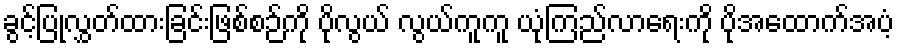
ခွင့်ပြုလွှတ်ထားခြင်းဖြစ်စဉ်ကို ပိုလွယ် လွယ်ကူကူ ယုံကြည်လာရေးကို ပိုအထောက်အပံ့